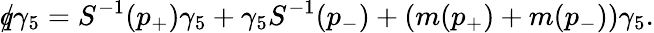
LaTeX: {\rlap/q}\gamma_{5}=S^{-1}(p_{+})\gamma_{5}+\gamma_{5}S^{-1}(p_{-})+(m(p_{+})+m(p_{-}))\gamma_{5}.